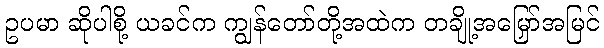
ဥပမာ ဆိုပါစို့ ယခင်က ကျွန်တော်တို့အထဲက တချို့အမြှော်အမြင်